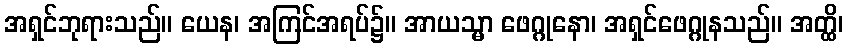
အရှင်ဘုရားသည်။ ယေန၊ အကြင်အရပ်၌။ အာယသ္မာ ဖေဂ္ဂုနော၊ အရှင်ဖေဂ္ဂုနသည်။ အတ္ထိ၊